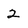
Character: 2